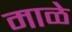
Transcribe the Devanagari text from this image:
माळे